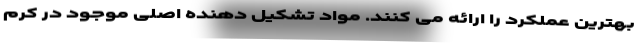
بهترین عملکرد را ارائه می کنند. مواد تشکیل دهنده اصلی موجود در کرم